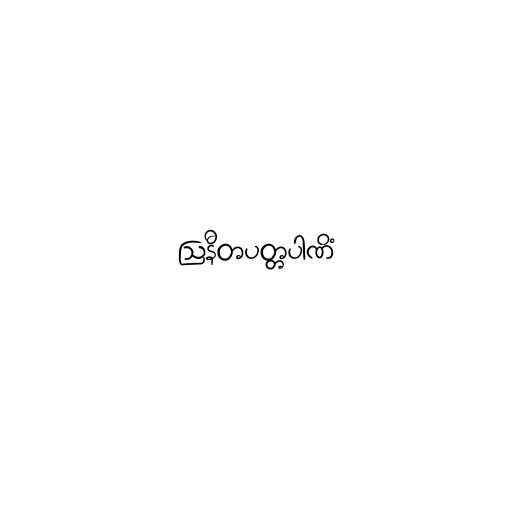
ဩနီတပတ္တပါဏိံ